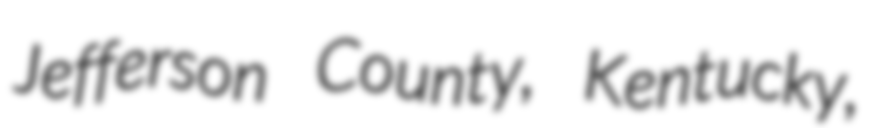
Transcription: Jefferson County, Kentucky,